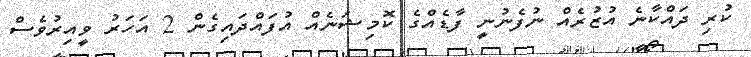
ކުރި ދައްކާނެ އުޒުރެއް ނުފެނުނީ ފާޑެއްގެ ކޮމިޝަނެއް އުފައްދައިގެން 2 އަހަރު ވީއިރުވެސް